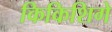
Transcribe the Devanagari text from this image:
किकिशिगे